Civil Veterinary Dept. Bombay admin report 1923-31 - 1923-1931
Year: 1923
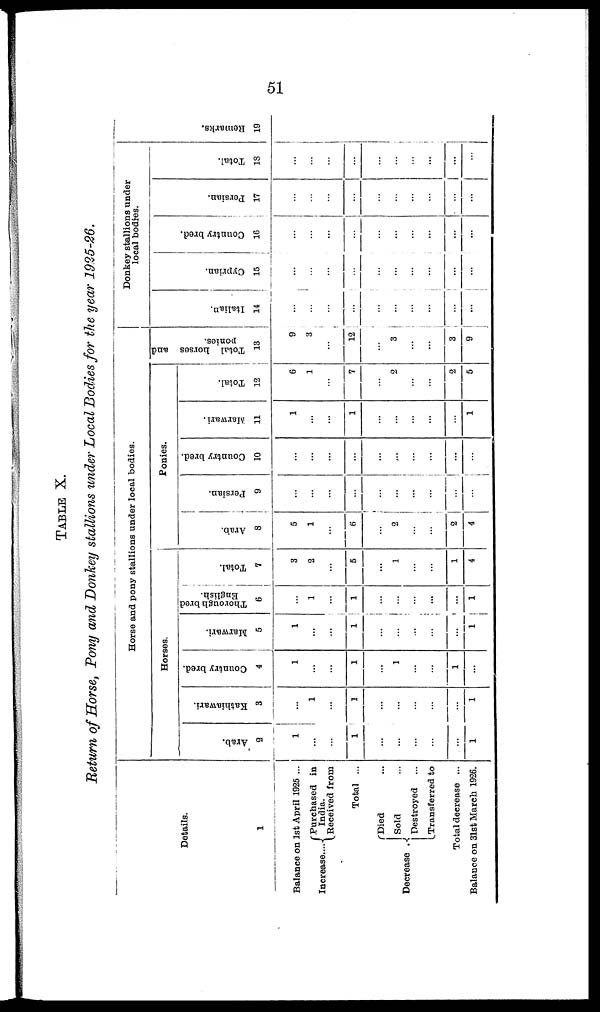
51
TABLE X.
Return of Horse, Pony and Donkey stallions under Local Bodies for the year 1925-26.
Details.
1
Balance on 1st April 1925 ...
Increase....
Purchased in
India.
Received from
Total ...
Decrease
Died ...
Sold ...
Destroyed
Transferred to
Total decrease ...
Balance on 31st March 1926.
Horse and pony stallions under local bodies.
Horses.
Arab.
2
1
...
...
1
...
...
...
...
...
1
Kathiawari.
3
...
1
...
1
...
...
...
...
...
1
Country bred.
4
1
...
...
1
...
1
...
...
1
...
Marwari.
5
1
...
...
1
...
...
...
...
...
...
Thorough bred
English.
6
...
1
...
1
...
...
...
...
...
1
Total.
7
3
2
...
5
...
1
...
...
1
4
Ponies.
Arab.
8
5
1
...
6
...
2
...
...
2
4
Persian.
9
...
...
...
...
...
...
...
...
...
...
Country bred.
10
...
...
...
...
...
...
...
...
...
...
Marwari.
11
1
...
...
1
...
...
...
...
...
1
Total.
12
6
1
...
7
...
2
...
...
2
5
Donkey stallions under
local bodies.
Total horses and
ponies.
13
9
3
...
12
...
3
...
...
3
9
Italian.
14
...
...
...
...
...
...
...
...
...
...
Cyprian.
15
...
...
...
...
...
...
...
...
...
...
Country bred.
16
...
...
...
...
...
...
...
...
...
...
Persian.
17
...
...
...
...
...
...
...
...
...
...
Total.
18
...
...
...
...
...
...
...
...
...
...
Re ma r
ks .
19